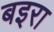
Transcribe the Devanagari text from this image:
बइरा